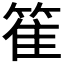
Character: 𥯄